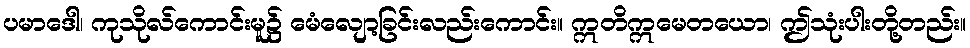
ပမာဒေါ၊ ကုသိုလ်ကောင်းမူ၌ မေံလျော့ခြင်းလည်းကောင်း။ ဣတိဣမေတယော၊ ဤသုံးပါးတို့တည်း။